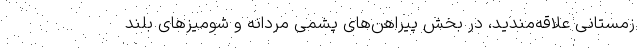
زمستانی علاقه‌مندید، در بخش پیراهن‌های پشمی مردانه و شومیزهای بلند